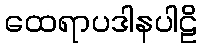
ထေရာပဒါနပါဠိ